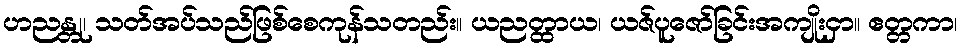
ဟညန္တု၊ သတ်အပ်သည်ဖြစ်စေကုန်သတည်း။ ယညတ္ထာယ၊ ယဇ်ပူဇော်ခြင်းအကျိုးငှာ။ ဧတ္တကာ၊